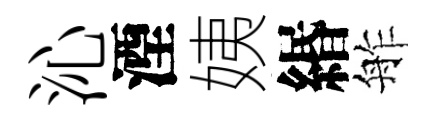
沁湮姨緡舴